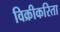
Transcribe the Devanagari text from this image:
विक्रीकरिता